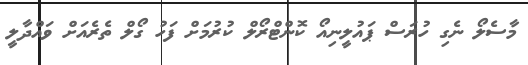
މާސެލޯ ނެގި ހުރަސް ޕައުލީނިއޯ ކޮންޓްރޯލް ކުރުމަށް ފަހު ގޯލް ތެރެއަށް ވައްދާލީ